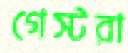
গেস্টরা